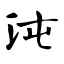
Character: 沌